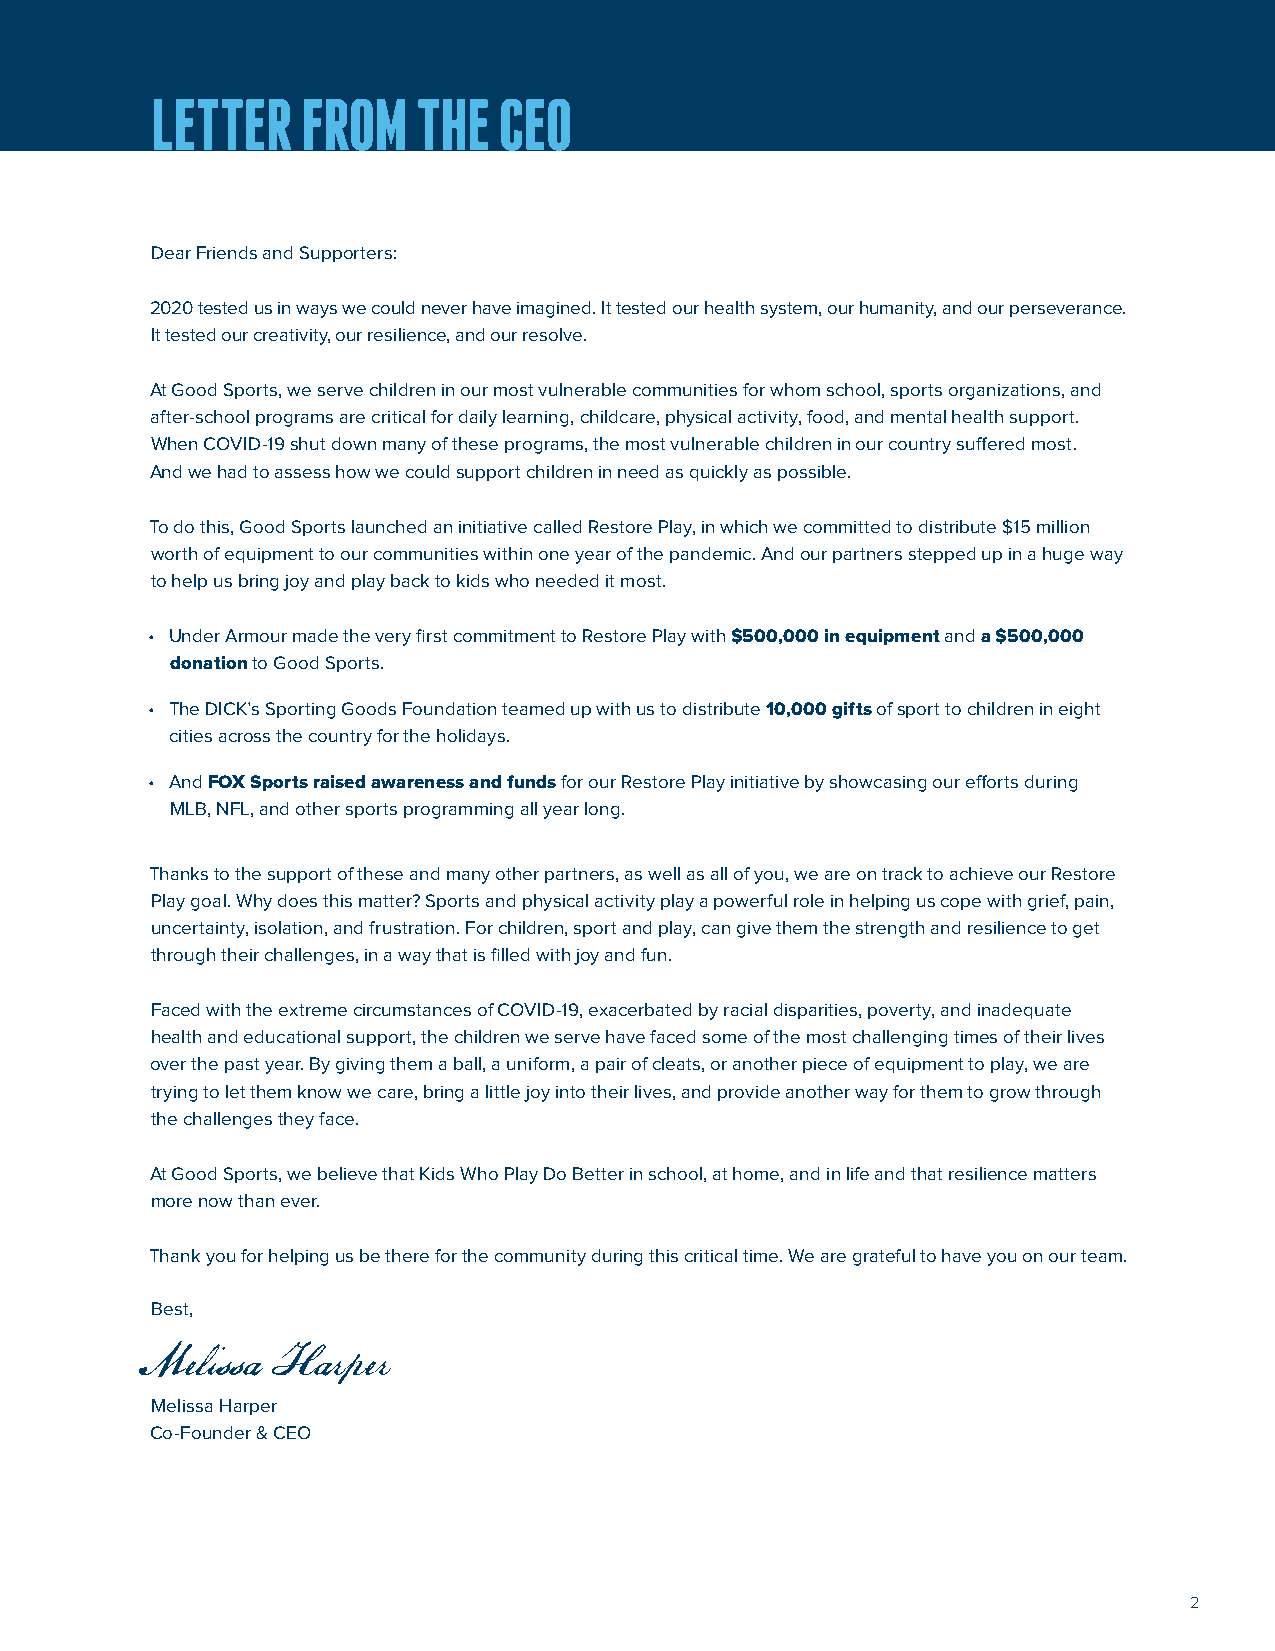
LETTER    FROM    THE  CEO
 Dear Friends and Supporters:
 2020 tested us in ways we could never have imagined. It tested our health system, our humanity, and our perseverance.
 It tested our creativity, our resilience, and our resolve.
 At Good Sports, we serve children in our most vulnerable communities for whom school, sports organizations, and
 after-school programs are critical for daily learning, childcare, physical activity, food, and mental health support.
 When COVID-19 shut down many of these programs, the most vulnerable children in our country suffered most.
 And we had to assess how we could support children in need as quickly as possible.
 To do this, Good Sports launched an initiative called Restore Play, in which we committed to distribute $15 million
 worth of equipment to our communities within one year of the pandemic. And our partners stepped up in a huge way
 to help us bring joy and play back to kids who needed it most.
 • U nder Armour made the very first commitment to Restore Play with $500,000 in equipment and a $500,000
 donation to Good Sports.
 • T he DICK’s Sporting Goods Foundation teamed up with us to distribute 10,000 gifts of sport to children in eight
 cities across the country for the holidays.
 • And FOX Sports raised awareness and funds for our Restore Play initiative by showcasing our efforts during
 MLB, NFL, and other sports programming all year long.
 Thanks to the support of these and many other partners, as well as all of you, we are on track to achieve our Restore
 Play goal. Why does this matter? Sports and physical activity play a powerful role in helping us cope with grief, pain,
 uncertainty, isolation, and frustration. For children, sport and play, can give them the strength and resilience to get
 through their challenges, in a way that is filled with joy and fun.
 Faced with the extreme circumstances of COVID-19, exacerbated by racial disparities, poverty, and inadequate
 health and educational support, the children we serve have faced some of the most challenging times of their lives
 over the past year. By giving them a ball, a uniform, a pair of cleats, or another piece of equipment to play, we are
 trying to let them know we care, bring a little joy into their lives, and provide another way for them to grow through
 the challenges they face.
 At Good Sports, we believe that Kids Who Play Do Better in school, at home, and in life and that resilience matters
 more now than ever.
 Thank you for helping us be there for the community during this critical time. We are grateful to have you on our team.
 Best,
 M  elissa Harper
 Melissa Harper
 Co-Founder & CEO
 2